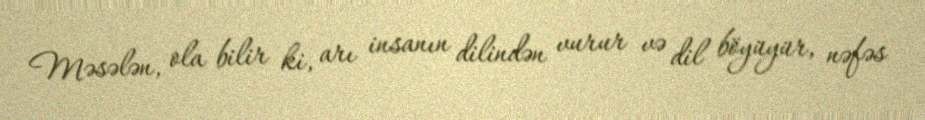
Məsələn, ola bilir ki, arı insanın dilindən vurur və dil böyüyür, nəfəs